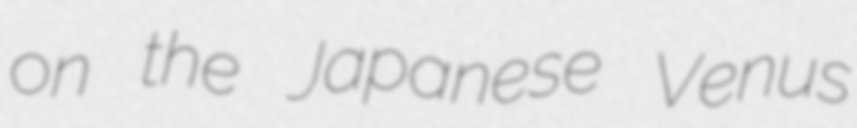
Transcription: on the Japanese Venus